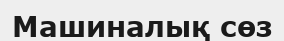
Машиналық сөз